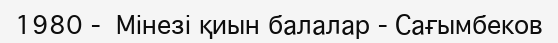
1980 -  Мінезі қиын балалар - Сағымбеков